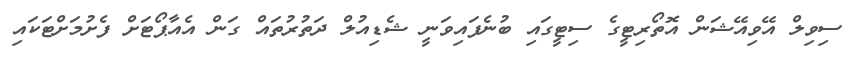
ސިވިލް އޭވިއޭޝަން އޮތޯރިޓީގެ ސިޓީގައި ބުނެފައިވަނީ ޝެޑިއުލް ދަތުރުތައް ގަން އެއާޕޯޓަށް ފެށުމަށްޓަކައި